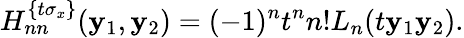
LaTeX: H_{nn}^{\{ t\sigma_{x}\} }(\mathbf{y}_{1},\mathbf{y}_{2})=(-1)^{n}t^{n}n!L_{n}(t\mathbf{y}_{1}\mathbf{y}_{2}).